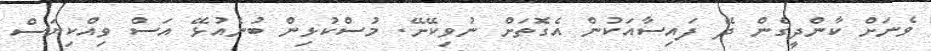
ވެނަށް ކާންދީގެން ދޭ ފައިސާއަކުން އެގޮތަށް ނުވިކޭށޭ. މުސްކުޅިން ބުނެއުޅޭ އަސް ވިއްކިޔަސް